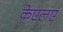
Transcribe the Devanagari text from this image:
केएलए